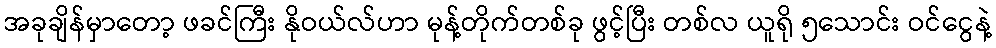
အခုချိန်မှာတော့ ဖခင်ကြီး နိုဝယ်လ်ဟာ မုန့်တိုက်တစ်ခု ဖွင့်ပြီး တစ်လ ယူရို ၅သောင်း ဝင်ငွေနဲ့